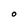
Character: O